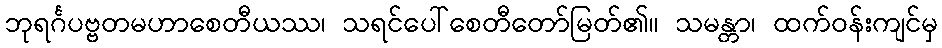
ဘုရင်္ဂပဗ္ဗတမဟာစေတီယဿ၊ သရင်ပေါ်စေတီတော်မြတ်၏။ သမန္တာ၊ ထက်ဝန်းကျင်မှ